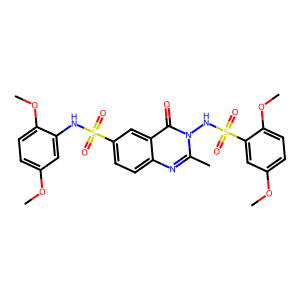
SMILES: COc1ccc(OC)c(NS(=O)(=O)c2ccc3nc(C)n(NS(=O)(=O)c4cc(OC)ccc4OC)c(=O)c3c2)c1
Inhibits HIV replication: No